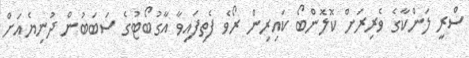
ސްރީ ލަންކާގެ ވެރިރަށް ކޮލޮންބޯ ކައިރިން ރޯވެ ފެތިފައިވާ އާގުބޯޓުގެ ސަބަބުން ދުނިޔެއަށް